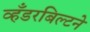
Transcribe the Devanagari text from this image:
व्हँडरबिल्टने